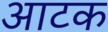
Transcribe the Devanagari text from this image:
आटक